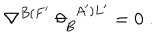
LaTeX: \nabla ^ { B ( F ^ { \prime } } \; \theta _ { B } ^ { \; \; A ^ { \prime } ) L ^ { \prime } } = 0 \; .